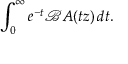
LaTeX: \int _ { 0 } ^ { \infty } e ^ { - t } { \mathcal { B } } A ( t z ) \, d t .